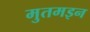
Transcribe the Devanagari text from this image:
मुतमइन